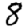
Digit: 8